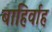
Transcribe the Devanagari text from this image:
बाहिर्वाह